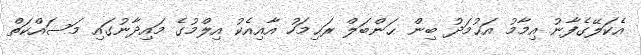
އެކަލޭގެފާނު އިމާމު އަޙުމަދު ބިން ޙަންބަލް ރަޙިމަހު އާއިއެކު އިލްމުގެ މައިދާނުގައި މަސައްކަތް